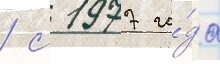
/ с 1977 го́да